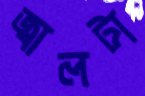
জ্বালটা